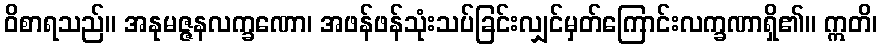
ဝိစာရသည်။ အနုမဇ္ဇနလက္ခဏော၊ အဖန်ဖန်သုံးသပ်ခြင်းလျှင်မှတ်ကြောင်းလက္ခဏာရှိ၏။ ဣတိ၊